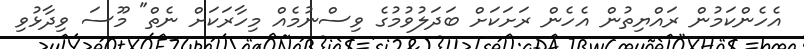
އެހެންކަމުން ރައްޔިތުން އެހެން ރަށަކަށް ބަދަލުވުމުގެ ވިސްނުމެއް މިހާރަކަށް ނެތް" މޫސަ ވިދާޅުވި